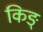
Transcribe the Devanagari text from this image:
किङ्